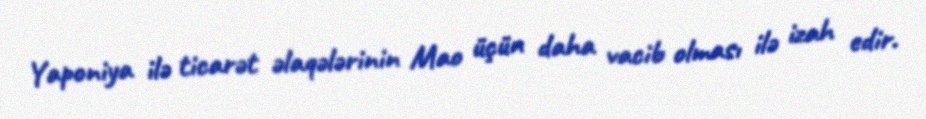
Yaponiya ilə ticarət əlaqələrinin Mao üçün daha vacib olması ilə izah edir.